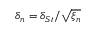
\delta _ { n } = \delta _ { S t } / \sqrt { \xi _ { n } }